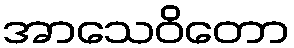
အာသေဝိတော